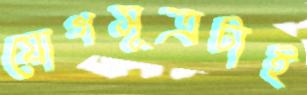
যোগসূত্রটাই